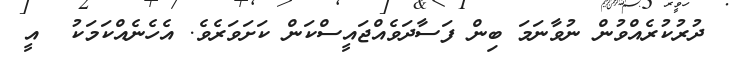
ދުރުކުރެއްވުން ނުވާނަމަ ބިން ފަސާދަވެއްޖައީސްކަން ކަށަވަރެވެ. އެހެނެއްކަމަކު  އީ